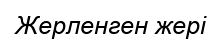
Жерленген жері